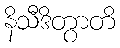
နိသီဒိတွာတိ